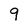
Character: 9